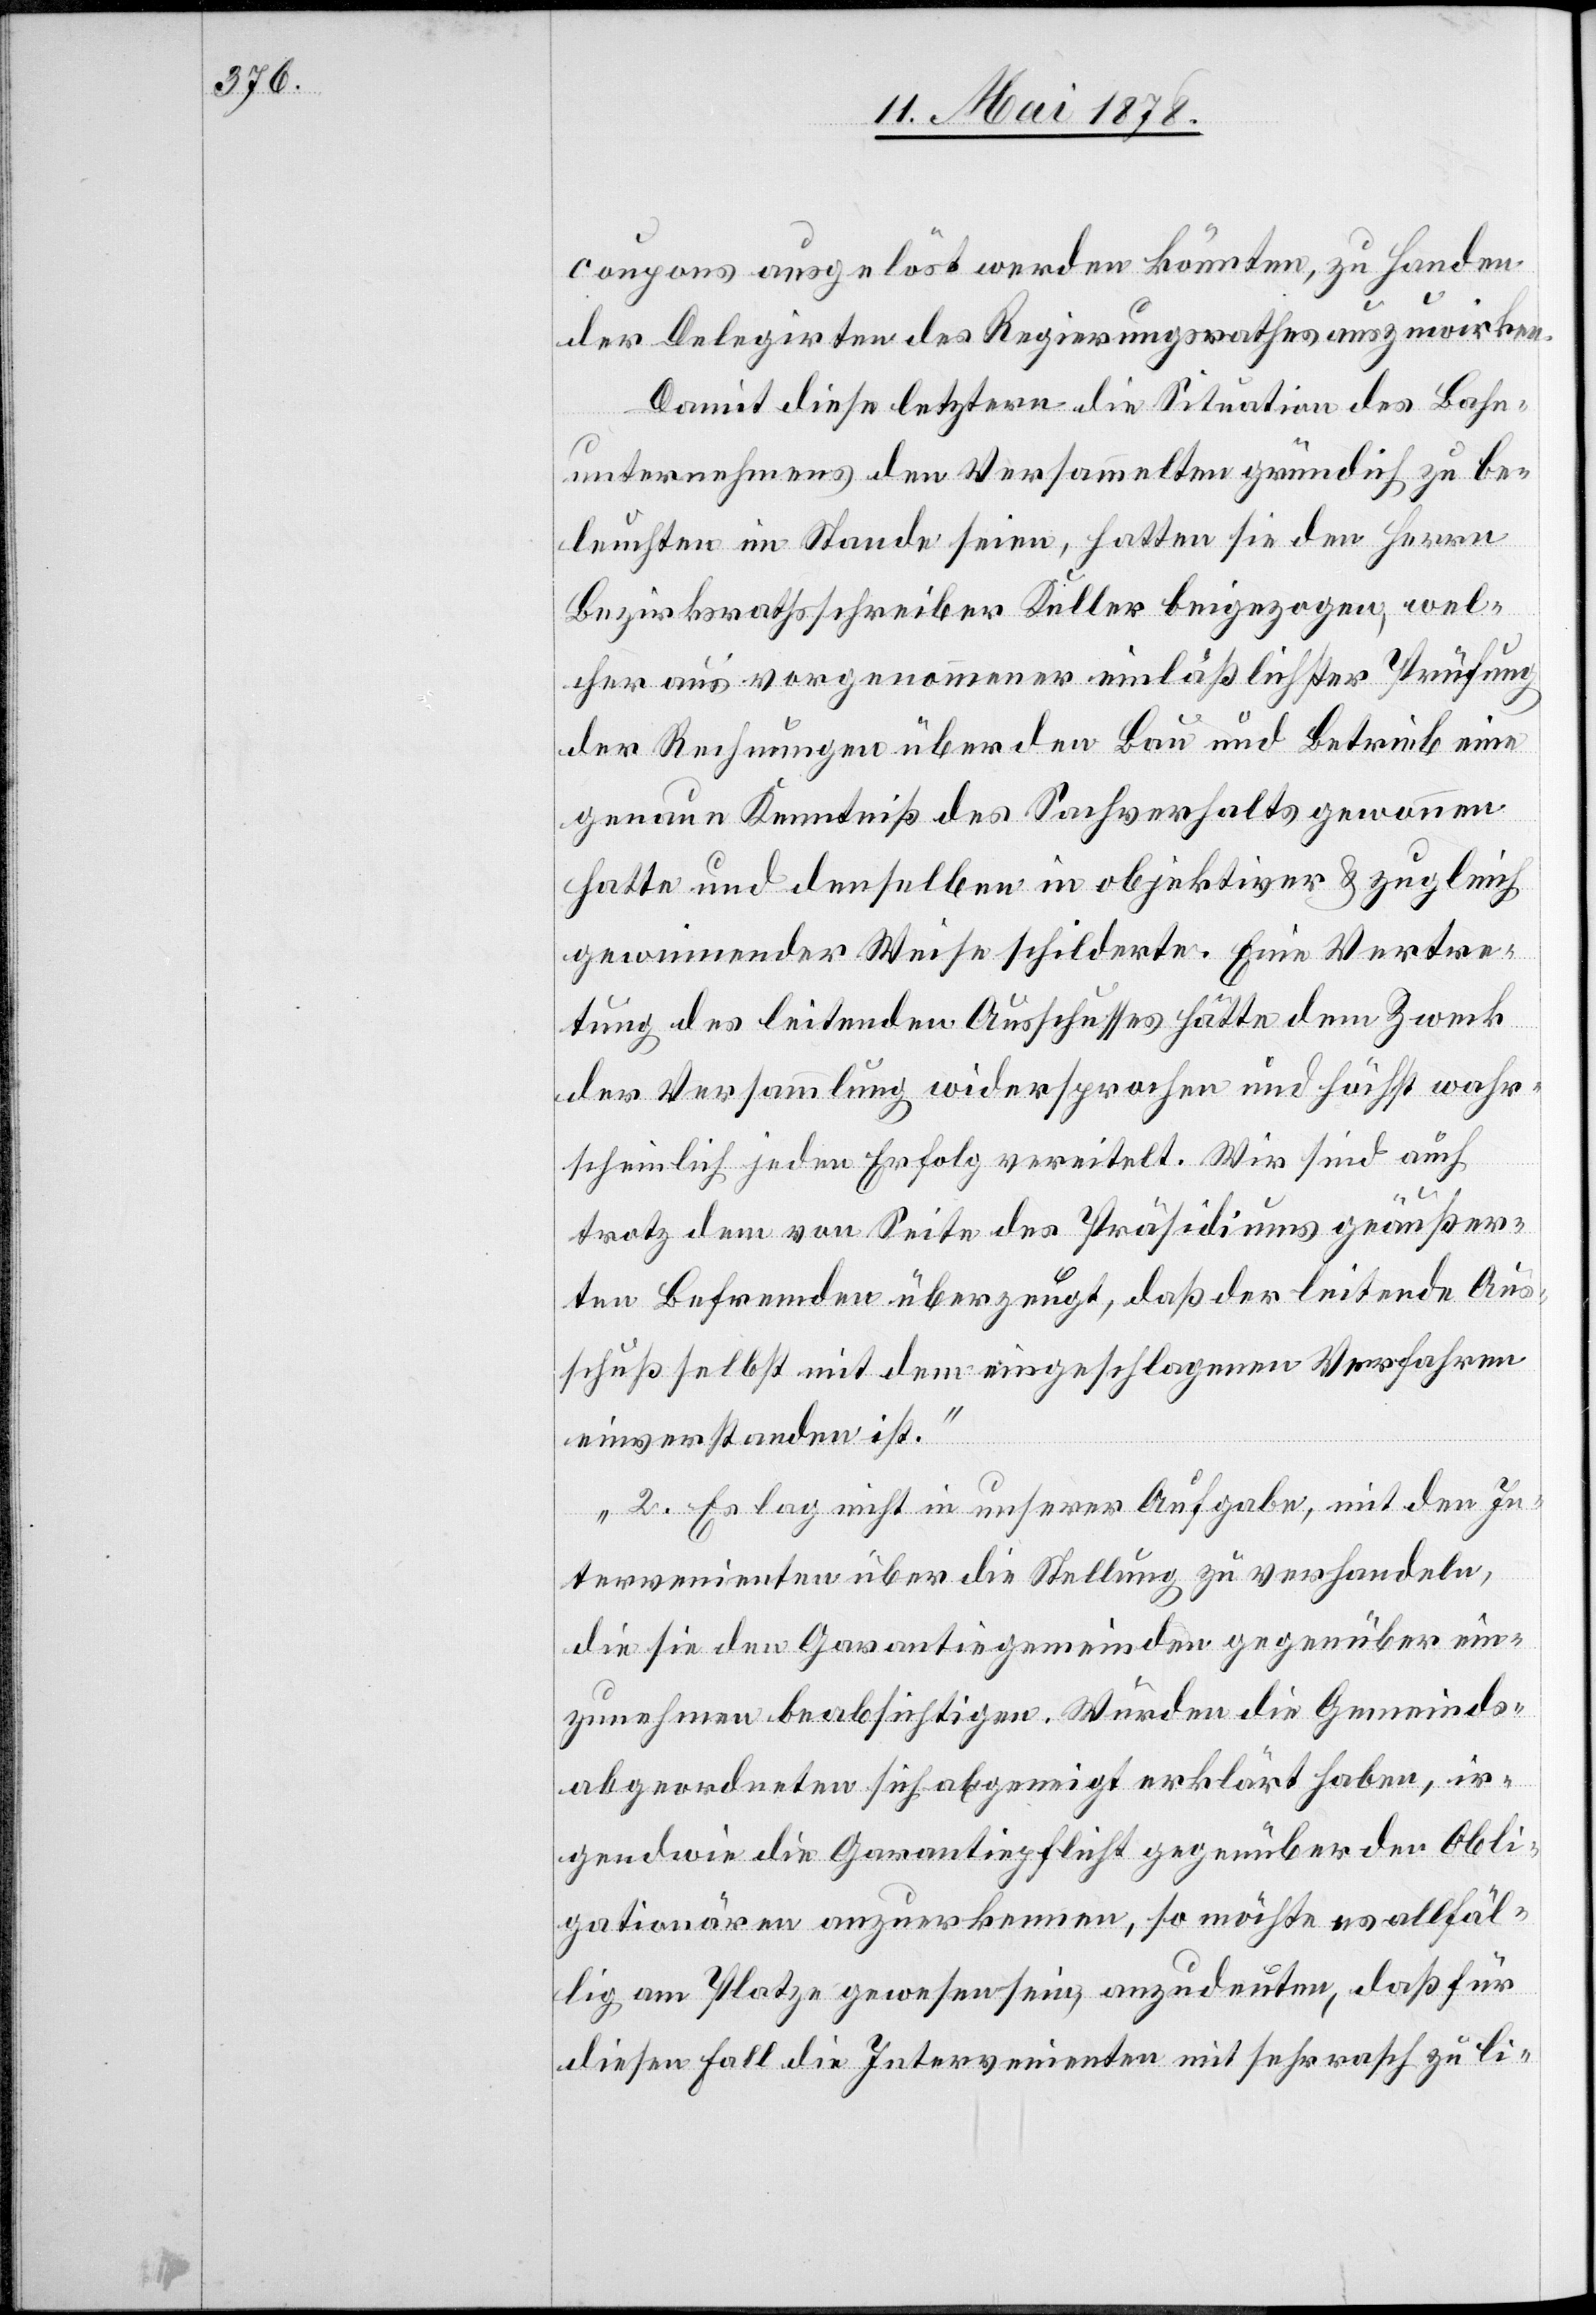
coupons ausgelöst werden könnten, zu Handen
der Delegirten des Regierungsrathes auszuwirken.
Damit diese letztern die Situation des Bahn¬
unternehmens den Versammelten gründlich zu be¬
leuchten im Stande seien, hatten sie den Herrn
Bezirksrathsschreiber Keller beigezogen, wel¬
cher aus vorgenommener einlässlichster Prüfung
der Rechnungen über den Bau und Betrieb eine
genaue Kenntniß des Sachverhalts gewonnen
hatte und denselben in objektiver & zugleich
gewinnender Weise schilderte. Eine Vertre¬
tung des leitenden Ausschusses hätte dem Zweck
der Versammlung widersprochen und höchst wahr¬
scheinlich jeden Erfolg vereitelt. Wir sind auch
trotz dem von Seite des Präsidiums geäußer¬
ten Befremden überzeugt, daß der leitende Aus¬
schuß selbst mit dem eingeschlagenen Verfahren
einverstanden ist.“
„2. Es lag nicht in unserer Aufgabe, mit den In¬
tervenirten über die Stellung zu verhandeln,
die sie den Garantiegemeinden gegenüber ein¬
zunehmen beabsichtigen. Würden die Gemeinds¬
abgeordneten sich abgeneigt erklärt haben, ir¬
gendwie die Garantiepflicht gegenüber den Obli¬
gationären anzuerkennen, so möchte es allfäl¬
lig am Platze gewesen sein, anzudeuten, daß für
diesen Fall die Intervenienten mit sehr rasch zu li-